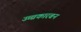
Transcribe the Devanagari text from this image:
उच्चकारबन